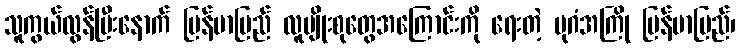
သူကွယ်လွန်ပြီးနောက် မြန်မာပြည် လူမျိုးစုတွေအကြောင်းကို ရေးတဲ့ ပုဂံအကြို မြန်မာပြည်၊